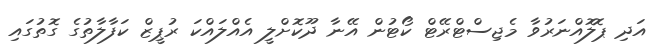
އަދި ޕޮލޮއްނަރުވާ މެޖިސްޓްރޭޓް ކޯޓުން އޭނާ ދޫކޮށްލީ އެއްލައްކަ ރުޕީޒް ކަފާލާތުގެ ގޮތުގައި